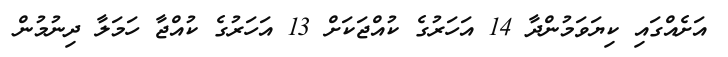
އަށެއްގައި ކިޔަވަމުންދާ 14 އަހަރުގެ ކުއްޖަކަށް 13 އަހަރުގެ ކުއްޖާ ހަމަލާ ދިނުމުން